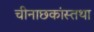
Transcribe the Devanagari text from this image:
चीनाछकांस्तथा